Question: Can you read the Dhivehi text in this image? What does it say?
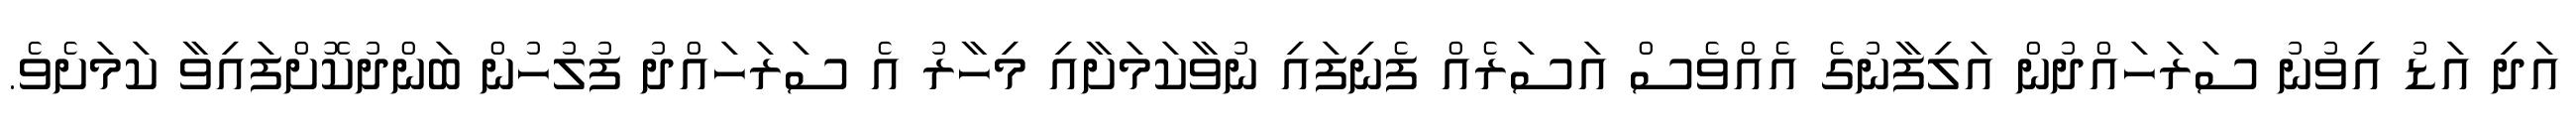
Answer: އަދި އަޑު އިވުނު ސަރަހައްދުން އަލިފާނުގެ އެއްވެސް އަސަރެއް ފެނިފައި ނުވާކަމަށާއި މިހާރު އެ ސަރަހައްދު ފުލުހުން ބަންދުކޮށްފައިވާ ކަމަށެވެ.